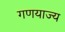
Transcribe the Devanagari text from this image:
गणयाज्य